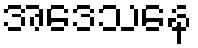
အဒေသနေ